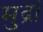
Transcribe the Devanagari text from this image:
मुद्रां